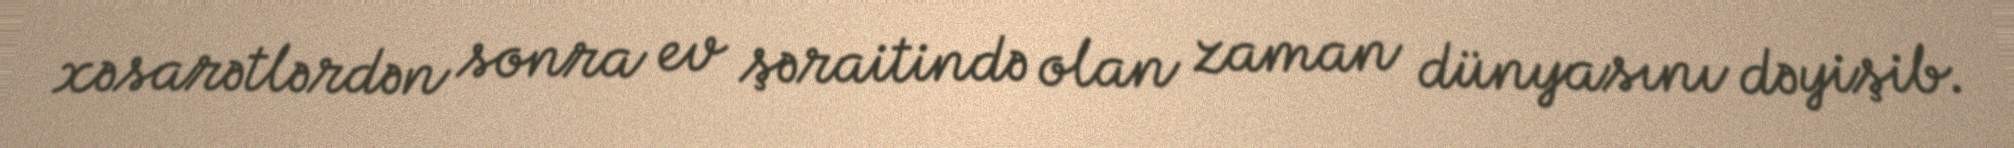
xəsarətlərdən sonra ev şəraitində olan zaman dünyasını dəyişib.